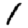
Digit: 1